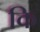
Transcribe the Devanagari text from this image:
कि